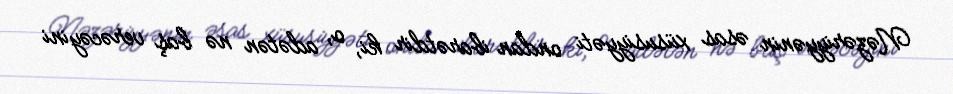
Nəzəriyyənin əsas xüsusiyyəti ondan ibarətdir ki, o, adətən nə baş verəcəyini